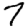
Digit: 7